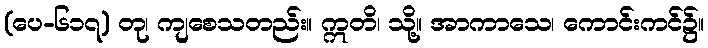
(ပေ-၆၁၇) တု၊ ကျစေသတည်း။ ဣတိ၊ သို့။ အာကာသေ၊ ကောင်းကင်၌။